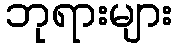
ဘုရားများ